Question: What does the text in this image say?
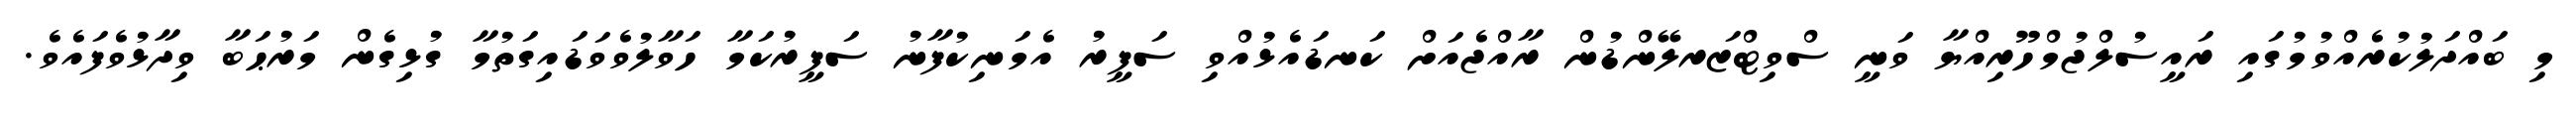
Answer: މި ބައްދަލުކުރެއްވުމުގައި ރައީސުލްޖުމްހޫރިއްޔާ ވަނީ ސްވިޓްޒަރލޭންޑުން ރާއްޖެއަށް ކަނޑައެޅުއްވި ސަފީރު އެމަނިކުފާނު ސަފީރުކަމާ ހަވާލުވެވަޑައިގަތުމާ ގުޅިގެން މަރުޙަބާ ވިދާޅުވެފައެވެ.